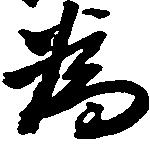
為